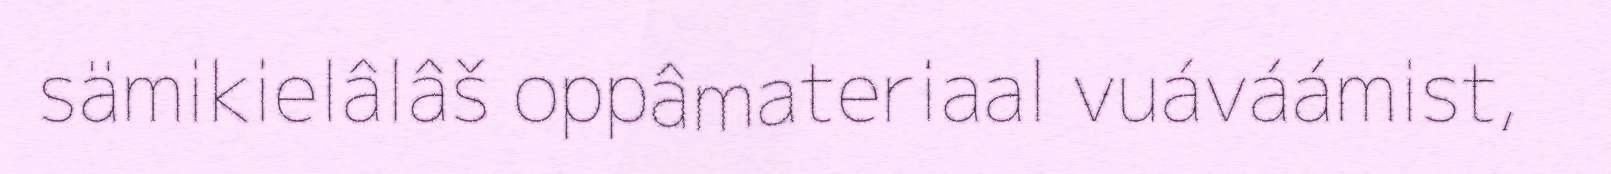
sämikielâlâš oppâmateriaal vuáváámist,